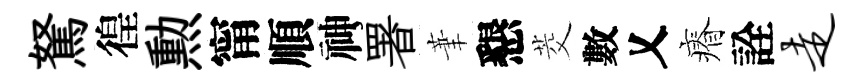
駑徨勲甯順神署茟懇茭數乂瘠詮走